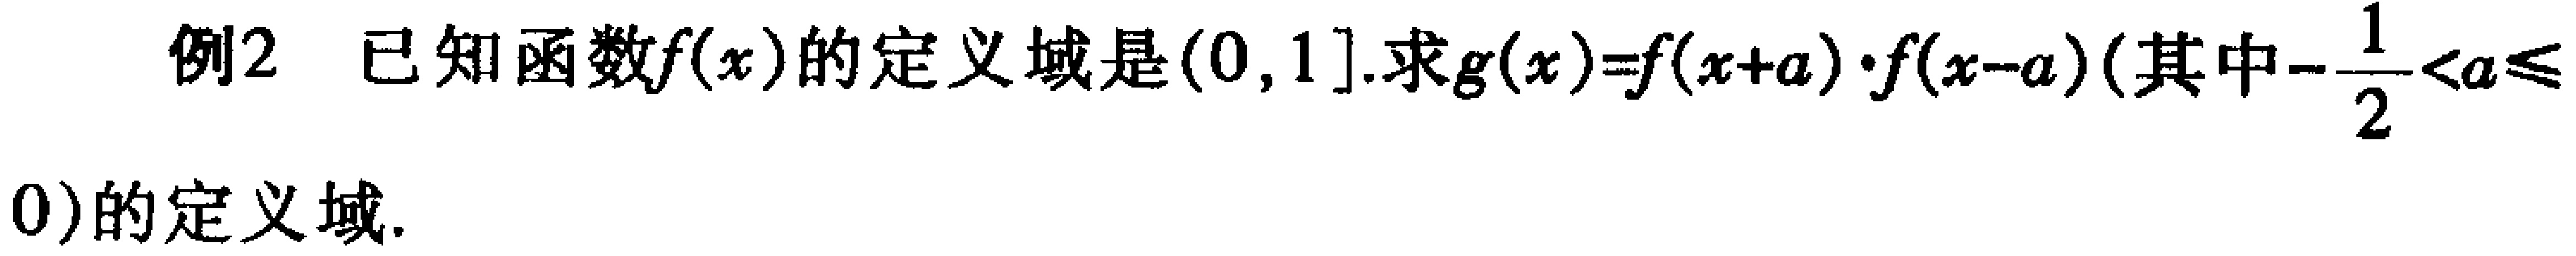
例2 已知函数\(f(x)\)的定义域是\((0,1]\).求\(g(x)=f(x + a)\cdot f(x - a)\)(其中\(-\frac{1}{2}<a\leqslant0\))的定义域.